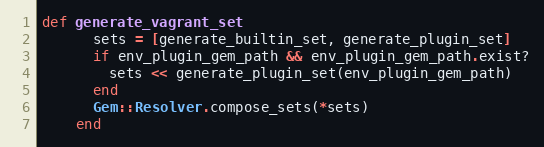
Language: Ruby
def generate_vagrant_set
      sets = [generate_builtin_set, generate_plugin_set]
      if env_plugin_gem_path && env_plugin_gem_path.exist?
        sets << generate_plugin_set(env_plugin_gem_path)
      end
      Gem::Resolver.compose_sets(*sets)
    end